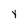
Character: y